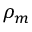
\rho _ { m }